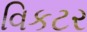
વિકટર